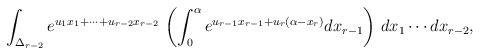
\begin{align*}\int_{\Delta_{r-2}} e^{u_1x_1+\cdots +u_{r-2} x_{r-2}}\,\left(\int_0^{\alpha} e^{u_{r-1} x_{r-1} + u_r (\alpha - x_r)} d x_{r-1}\right) \,dx_1\cdots dx_{r-2},\end{align*}